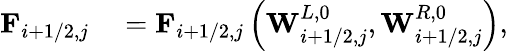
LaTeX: \begin{array}{rl}{\mathbf{F}_{i+1/2,j}}&{{}=\mathbf{F}_{i+1/2,j}\left(\mathbf{W}_{i+1/2,j}^{L,0},\mathbf{W}_{i+1/2,j}^{R,0}\right)}\end{array},